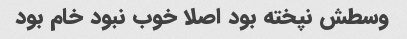
وسطش نپخته بود اصلا خوب نبود خام بود